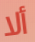
ألا